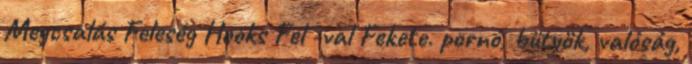
Megcsalás Feleség Hooks Fel -val Fekete. pornó, bütyök, valóság,